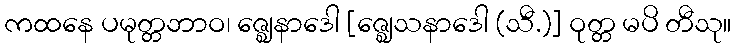
ကထနေ ပမုတ္တဘာဝ၊ ဇ္ဈေနာဒေါ [ဇ္ဈေသနာဒေါ (သီ.)] ဝုတ္တ မပိ တီသု။